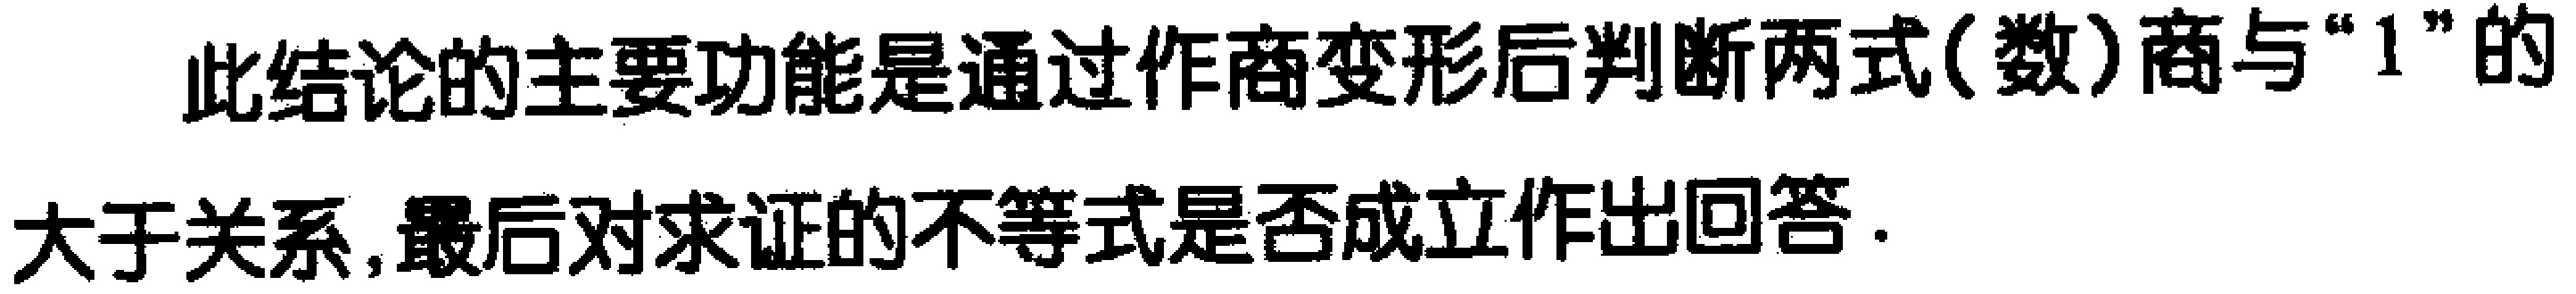
此结论的主要功能是通过作商变形后判断两式(数)商与“\(1\)”的大于关系,最后对求证的不等式是否成立作出回答.